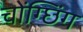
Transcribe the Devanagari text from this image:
चोंग्छिंग